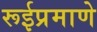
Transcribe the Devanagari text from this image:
रूईप्रमाणे